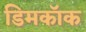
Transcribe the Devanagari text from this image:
डिमकॉक